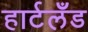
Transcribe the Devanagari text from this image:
हार्टलँड